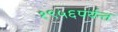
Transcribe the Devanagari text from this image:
१९५६पर्यन्त